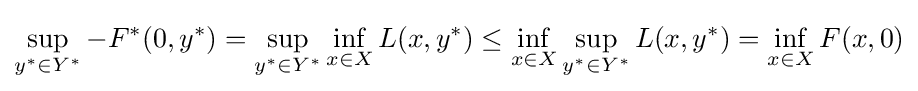
\sup _{y^{*}\in Y^{*}}-F^{*}(0,y^{*})=\sup _{y^{*}\in Y^{*}}\inf _{x\in X}L(x,y^{*})\leq \inf _{x\in X}\sup _{y^{*}\in Y^{*}}L(x,y^{*})=\inf _{x\in X}F(x,0)